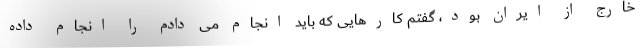
خارج از ایران بود، گفتم کارهایی که باید انجام می دادم را انجام داده